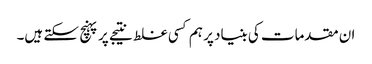
ان مقدمات کی بنیاد پر ہم کسی غلط نتیجے پر پہنچ سکتے ہیں۔